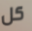
كل